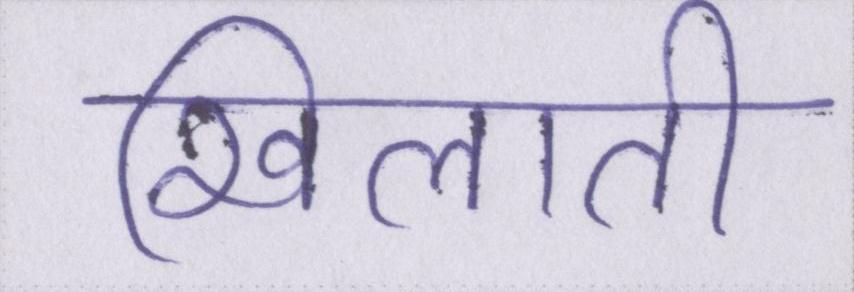
खिलाती